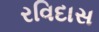
રવિદાસ